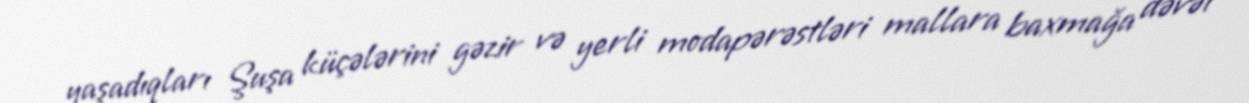
yaşadıqları Şuşa küçələrini gəzir və yerli modapərəstləri mallara baxmağa dəvət